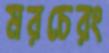
মরচেরং